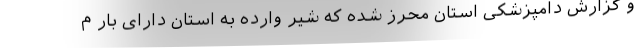
و گزارش دامپزشکی استان محرز شده که شیر وارده به استان دارای بار م